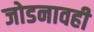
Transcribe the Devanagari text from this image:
जोडनावही